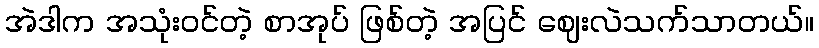
အဲဒါက အသုံးဝင်တဲ့ စာအုပ် ဖြစ်တဲ့ အပြင် ဈေးလဲသက်သာတယ်။